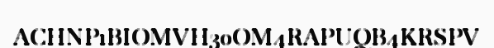
ACHNP1BIOMVH30OM4RAPUQB4KRSPV